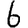
Digit: 6